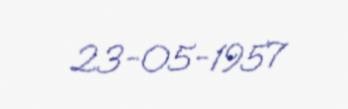
23-05-1957